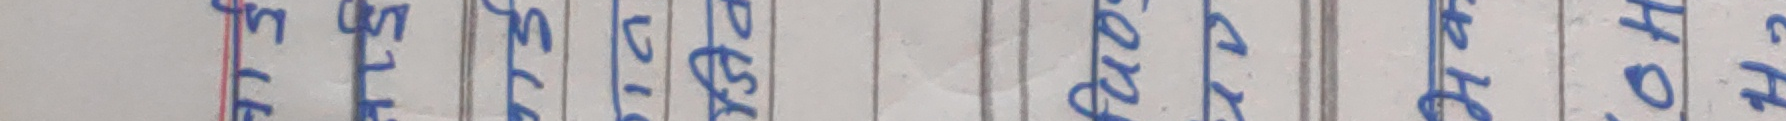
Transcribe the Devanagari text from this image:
सिमले सेले संग्रह कोष किताब महीना